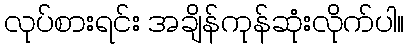
လုပ်စားရင်း အချိန်ကုန်ဆုံးလိုက်ပါ။